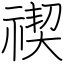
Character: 禊